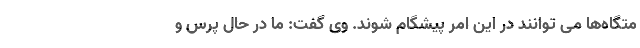
متگاه‌ها می توانند در این امر پیشگام شوند. وی گفت: ما در حال پرس و